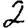
Digit: 2